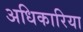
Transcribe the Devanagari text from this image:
अधिकारिया